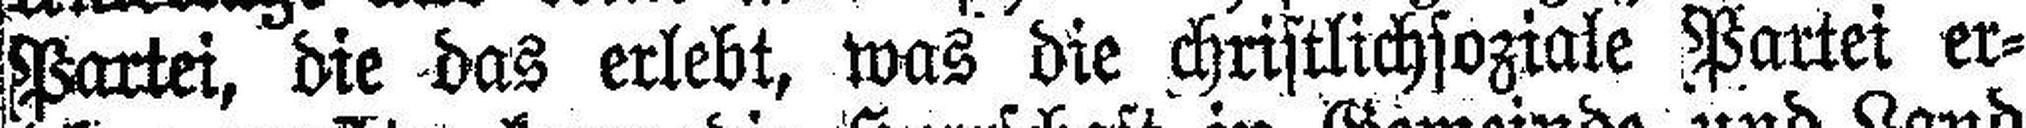
Partei, die das erlebt, was die christlichsoziale Partei er¬